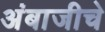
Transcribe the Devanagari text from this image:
अंबाजीचे